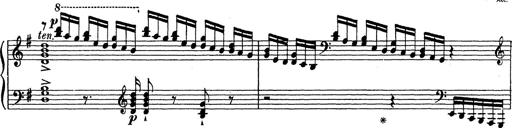
Title: Grosses Konzertsolo
Composer: Franz Liszt